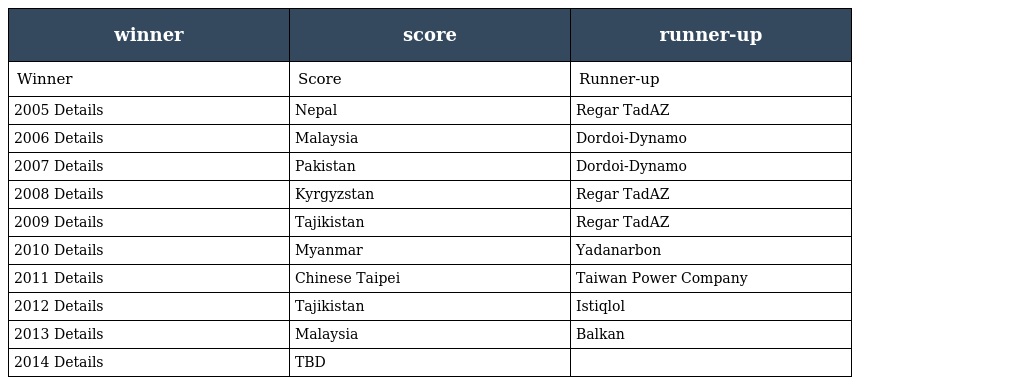
| winner | score | runner-up |
 | --- | --- | --- |
 | Winner | Score | Runner-up |
 | 2005 Details | Nepal | Regar TadAZ |
 | 2006 Details | Malaysia | Dordoi-Dynamo |
 | 2007 Details | Pakistan | Dordoi-Dynamo |
 | 2008 Details | Kyrgyzstan | Regar TadAZ |
 | 2009 Details | Tajikistan | Regar TadAZ |
 | 2010 Details | Myanmar | Yadanarbon |
 | 2011 Details | Chinese Taipei | Taiwan Power Company |
 | 2012 Details | Tajikistan | Istiqlol |
 | 2013 Details | Malaysia | Balkan |
 | 2014 Details | TBD |  |